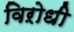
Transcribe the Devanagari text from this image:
विऱोधी